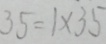
3 5 = 1 \times 3 5